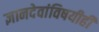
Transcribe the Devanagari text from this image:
ज्ञानदेवांविषयीही